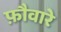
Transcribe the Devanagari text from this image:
फ़ौवारे